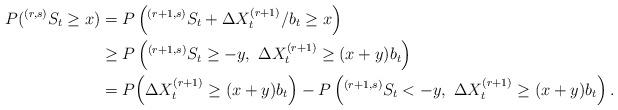
LaTeX: \begin{align*}P(^{(r,s)}S_t \ge x)&= P\left( ^{(r+1,s)}S_t + \Delta X_t^{(r+1)}/b_t \ge x \right) \\ &\ge P\left(^{(r+1,s)}S_t\ge -y,\ \Delta X_t^{(r+1)}\ge (x+y) b_t \right) \\ &=P\Big(\Delta X_t^{(r+1)}\ge (x+y)b_t\Big) - P\left( ^{(r+1,s)}S_t < -y,\ \Delta X_t^{(r+1)}\ge (x+y) b_t\right) . \end{align*}